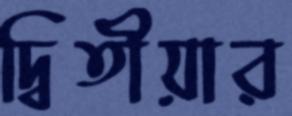
দ্বিতীয়ার